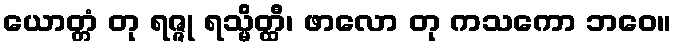
ယောတ္တံ တု ရဇ္ဇု ရသ္မိတ္ထီ၊ ဖာလော တု ကသကော ဘဝေ။